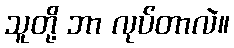
သူတို့ ဘာ လုပ်တာလဲ။